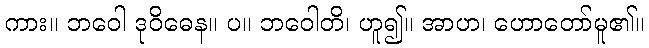
ကား။ ဘဝေါ ဒုဝိဓေန။ ပ။ ဘဝေါတိ၊ ဟူ၍။ အာဟ၊ ဟောတော်မူ၏။